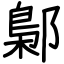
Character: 鄡